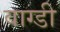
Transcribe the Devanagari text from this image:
वाग्डी